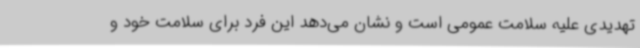
تهدیدی علیه سلامت عمومی است و نشان می‌دهد این فرد برای سلامت خود و